Scottish Leaving Certificate Examination, 1953
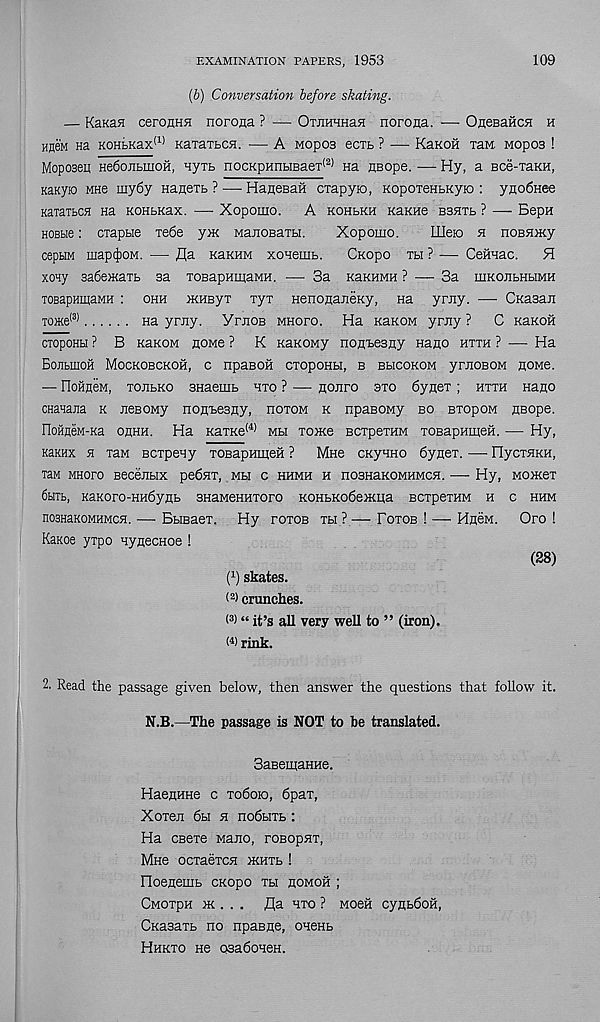
EXAMINATION PAPERS, 1953
109
(b) Conversation before skating.
— Kanafl ceroHHH norona ? — OrjimHaH noroaa. -— OnesaHCH h
Hne'M na KOHLKax (1) KaTaibCH. — A Mopoa ecxb ? •—■ KaKoil xaM. Mopoa !
Mopoaey He6ojibmoH, nyxb nocKpHnbiBaex (2) Ha naope. — Hy, a Bce-xaKH,
KaKyro MHe my6y HaHexb ?—• HaHeaaH cxapyio, KopoxenbKyio : yno6Hee
KaxaTbCH na KOHbKax. — Xopomo. A kohekh KaKHe Banxb ? — BepH
HOBbie: cxapbie xe6e ym ManoBaxH.
Xopomo.
LUeio fl nosHiKy
cepHM map(J)OM. — fla naKHM xonemb.
CKopo tbi ? — Cemac.
H
xoxy sa6e}Kaxb aa TOBapHmaMH. — 3a KaKHMH ? — 3a mKOJibHbiMH
TOBapHinaMH : ohh iKHByx xyx HenonajieKy, Ha yniy. —• CKaaaii
T0>Ke (3)
na ymy. VrjiOB mhopo. Ha KaKOM yniy ? C KaKoii
cxopoHu ? B KanoM none ? K naKOMy nonbeaiiy nano hxxh ? — Ha
BojibiiiOH Mockobckoh, c npasoH cxopoHH, b bbicokom yniOBOM homo.
— IloHneM, xojibko anaemb hxo ? — noiiro axo 6ynex ; hxxh nano
CHanajia k JieBOMy nonbeaiiy, hoxom k npasoMy bo BxopoM nBope.
IloHfleM-Ka ohhh. Ha KaxKe (4) mu xoxce BCxpexHM xoBapnmeH. — Hy,
KaKHx a xaM Bcxpeay xoBapHuien ? Mho cKynno 6ynex. — OycxsiKH,
T3M mhoxo secejibix peOnx, mh c hhmh h noaHaKOMHMCH. — Hy, MOJKex
6biTb, KaKoro-HH6ynb anaMeHHXoro KOHbKo6e>KLia BCxpexHM h c hhm
nosnaKOMHMCH. — Bbisaex. Hy poxob xh ? — Foxob ! — HneM. Oro !
KaKoe yxpo nynecHoe !
(28)
( 1 ) skates.
( 2 > crunches.
< 3 ) “ it’s all very well to ” (iron).
O) rink.
2. Read the passage given below, then answer the questions that follow it.
N.B.—The passage is NOT to be translated.
SaBemaHHe.
Haennne c xo6ok>, 6pax,
Xoxen 6h h no6bm>:
Ha ceexe Mano, roBopHT,
Mhb ocxaexcH ikhxb !
Hoeneuib CKopo xu homoh ;
Cmoxph jk . . . fla hxo ? Moeft cynbboH,
CKasaxb no npaBne, oneHb
Hhkxo He osaSoneH.